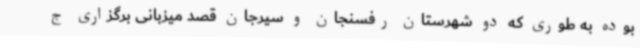
بوده به طوری که دو شهرستان رفسنجان و سیرجان قصد میزبانی برگزاری ج